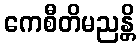
ကေစီတိမညန္တိ